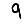
Digit: 9